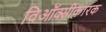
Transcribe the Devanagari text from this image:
विऑक्सीकारक